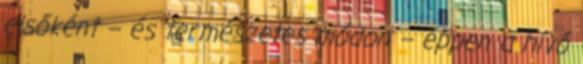
elsőként – és természetes módon – éppen a hívő